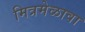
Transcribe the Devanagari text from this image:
मित्रमेळावा